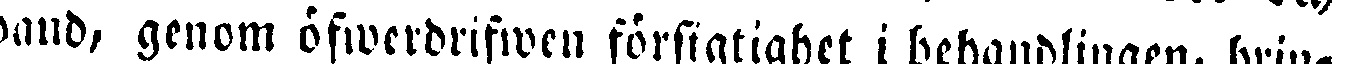
band, genom öfwerdrifwen försigtighet i behandlingen, brin-